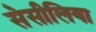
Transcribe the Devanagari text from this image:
सेसीलिया